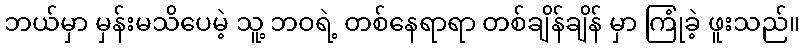
ဘယ်မှာ မှန်းမသိပေမဲ့ သူ့ ဘဝရဲ့ တစ်နေရာရာ တစ်ချိန်ချိန် မှာ ကြုံခဲ့ ဖူးသည်။